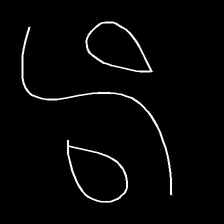
Glyph: water